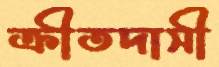
ক্রীতদাসী